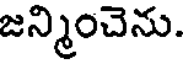
జన్మించెను.